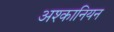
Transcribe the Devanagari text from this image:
अश्कानियन